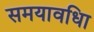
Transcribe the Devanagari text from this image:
समयावधिा